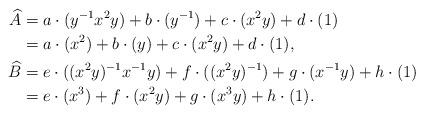
LaTeX: \begin{align*}\widehat{A}&=a\cdot (y^{-1}x^2y)+ b \cdot (y^{-1})+c \cdot (x^2 y)+d\cdot (1)\\&=a \cdot (x^2)+ b \cdot (y) +c \cdot (x^2 y)+d \cdot (1),\\\widehat{B}&=e\cdot ((x^2y)^{-1} x^{-1}y)+ f \cdot ((x^2 y)^{-1} )+ g\cdot (x^{-1} y)+ h\cdot (1)\\&=e \cdot (x^3) + f\cdot (x^2 y) + g\cdot (x^3y)+ h\cdot (1).\end{align*}